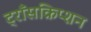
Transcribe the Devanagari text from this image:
ट्राँसक्रिप्शन